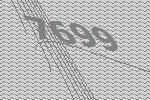
7699